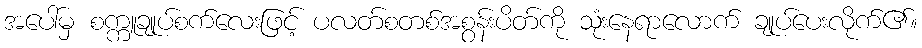
အပေါ်မှ စက္ကူချုပ်စက်လေးဖြင့် ပလတ်စတစ်အစွန်းပိတ်ကို သုံးနေရာလောက် ချုပ်ပေးလိုက်၏။